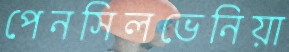
পেনসিলভেনিয়া